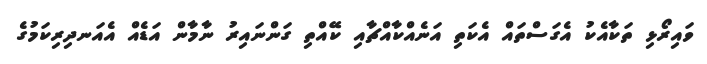
ވައިރޯޅި ތަކާއެކު އެގަސްތައް އެކަތި އަނެއްކާއްޗާއި ކޭއްތި ގަންނައިރު ނާމާން އަޑެއް އެއަނދިރިކަމުގެ